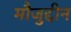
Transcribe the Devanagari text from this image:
मौजुद्दीन